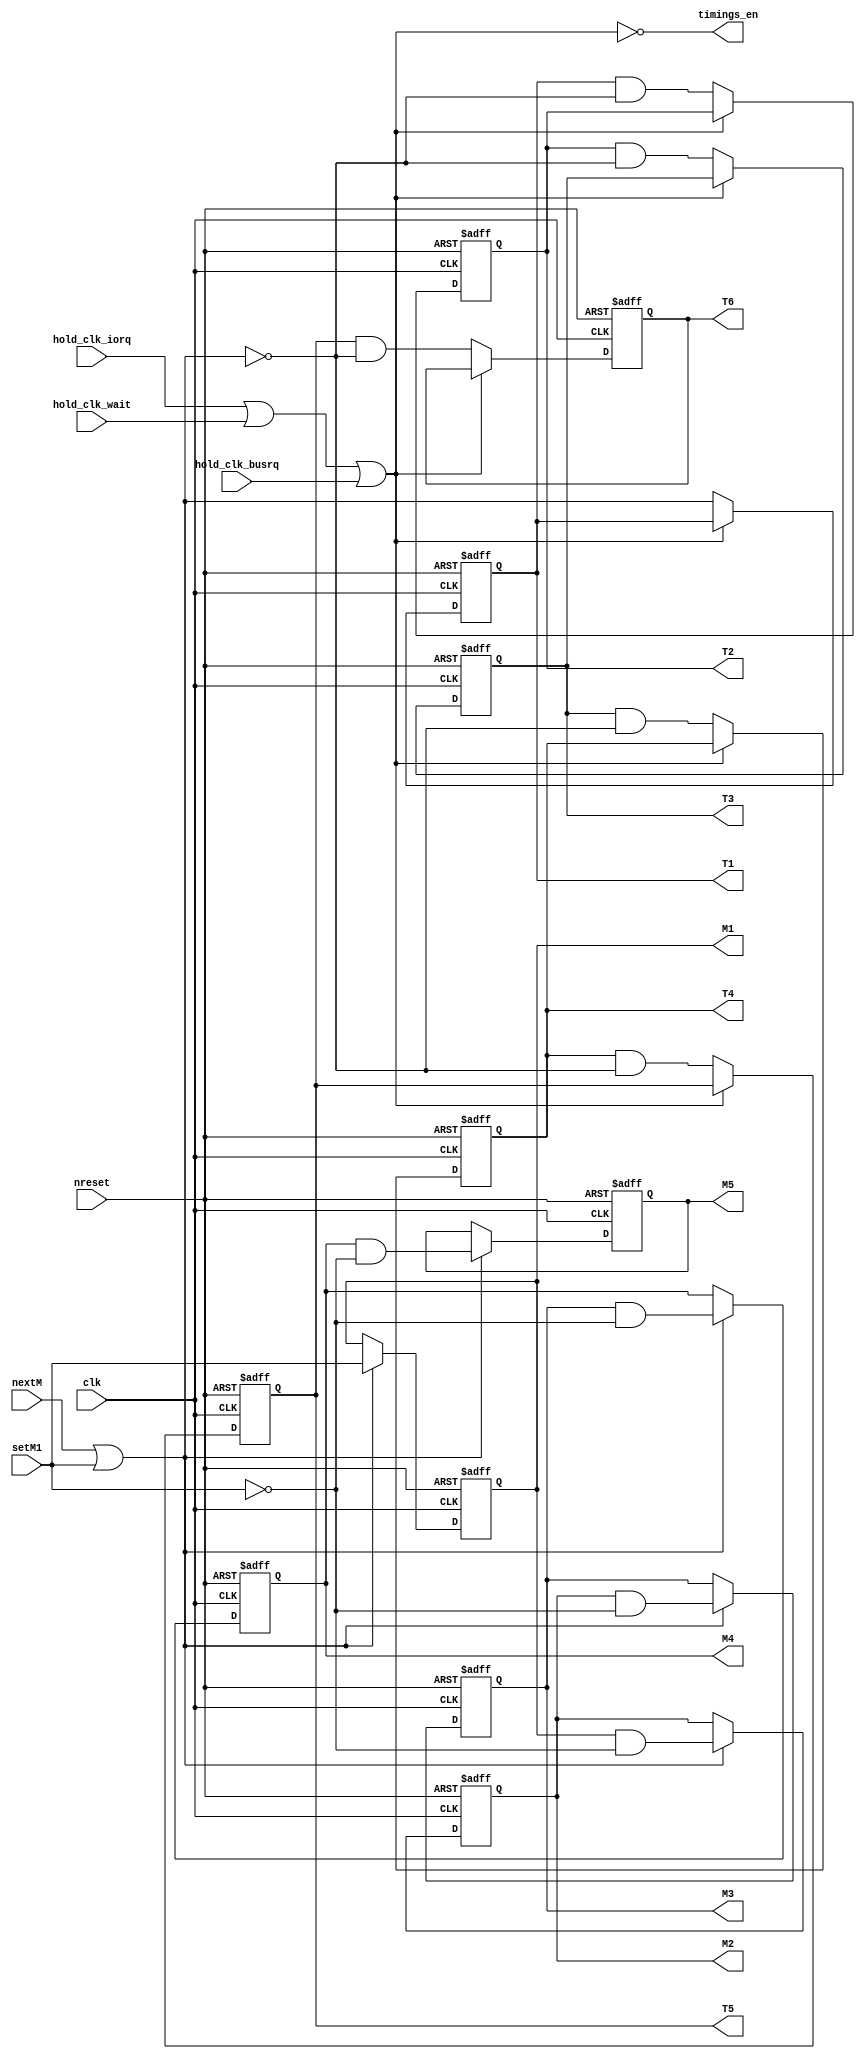
// Copyright (C) 1991-2013 Altera Corporation
// Your use of Altera Corporation's design tools, logic functions 
// and other software and tools, and its AMPP partner logic 
// functions, and any output files from any of the foregoing 
// (including device programming or simulation files), and any 
// associated documentation or information are expressly subject 
// to the terms and conditions of the Altera Program License 
// Subscription Agreement, Altera MegaCore Function License 
// Agreement, or other applicable license agreement, including, 
// without limitation, that your use is for the sole purpose of 
// programming logic devices manufactured by Altera and sold by 
// Altera or its authorized distributors.  Please refer to the 
// applicable agreement for further details.

// PROGRAM		"Quartus II 64-Bit"
// VERSION		"Version 13.0.1 Build 232 06/12/2013 Service Pack 1 SJ Web Edition"
// CREATED		"Sat Feb 13 17:56:57 2016"

module sequencer(
	clk,
	nextM,
	setM1,
	nreset,
	hold_clk_iorq,
	hold_clk_wait,
	hold_clk_busrq,
	M1,
	M2,
	M3,
	M4,
	M5,
	T1,
	T2,
	T3,
	T4,
	T5,
	T6,
	timings_en
);


input wire	clk;
input wire	nextM;
input wire	setM1;
input wire	nreset;
input wire	hold_clk_iorq;
input wire	hold_clk_wait;
input wire	hold_clk_busrq;
output wire	M1;
output wire	M2;
output wire	M3;
output wire	M4;
output reg	M5;
output wire	T1;
output wire	T2;
output wire	T3;
output wire	T4;
output wire	T5;
output reg	T6;
output wire	timings_en;

wire	ena_M;
wire	ena_T;
reg	DFFE_M4_ff;
wire	SYNTHESIZED_WIRE_18;
reg	DFFE_T1_ff;
wire	SYNTHESIZED_WIRE_19;
reg	DFFE_T2_ff;
reg	DFFE_T3_ff;
reg	DFFE_T4_ff;
reg	DFFE_T5_ff;
reg	DFFE_M1_ff;
reg	DFFE_M2_ff;
reg	DFFE_M3_ff;
wire	SYNTHESIZED_WIRE_9;
wire	SYNTHESIZED_WIRE_10;
wire	SYNTHESIZED_WIRE_11;
wire	SYNTHESIZED_WIRE_12;
wire	SYNTHESIZED_WIRE_13;
wire	SYNTHESIZED_WIRE_14;
wire	SYNTHESIZED_WIRE_15;
wire	SYNTHESIZED_WIRE_16;
wire	SYNTHESIZED_WIRE_17;

assign	M1 = DFFE_M1_ff;
assign	M2 = DFFE_M2_ff;
assign	M3 = DFFE_M3_ff;
assign	M4 = DFFE_M4_ff;
assign	T1 = DFFE_T1_ff;
assign	T2 = DFFE_T2_ff;
assign	T3 = DFFE_T3_ff;
assign	T4 = DFFE_T4_ff;
assign	T5 = DFFE_T5_ff;



assign	ena_M = nextM | setM1;

assign	SYNTHESIZED_WIRE_12 = DFFE_M4_ff & SYNTHESIZED_WIRE_18;

assign	SYNTHESIZED_WIRE_13 = DFFE_T1_ff & SYNTHESIZED_WIRE_19;

assign	SYNTHESIZED_WIRE_14 = DFFE_T2_ff & SYNTHESIZED_WIRE_19;

assign	SYNTHESIZED_WIRE_15 = DFFE_T3_ff & SYNTHESIZED_WIRE_19;

assign	SYNTHESIZED_WIRE_16 = DFFE_T4_ff & SYNTHESIZED_WIRE_19;

assign	SYNTHESIZED_WIRE_17 = DFFE_T5_ff & SYNTHESIZED_WIRE_19;

assign	SYNTHESIZED_WIRE_9 = DFFE_M1_ff & SYNTHESIZED_WIRE_18;

assign	SYNTHESIZED_WIRE_10 = DFFE_M2_ff & SYNTHESIZED_WIRE_18;

assign	SYNTHESIZED_WIRE_11 = DFFE_M3_ff & SYNTHESIZED_WIRE_18;

assign	ena_T = ~(hold_clk_iorq | hold_clk_wait | hold_clk_busrq);


always@(posedge clk or negedge nreset)
begin
if (!nreset)
	begin
	DFFE_M1_ff <= 1;
	end
else
if (ena_M)
	begin
	DFFE_M1_ff <= setM1;
	end
end


always@(posedge clk or negedge nreset)
begin
if (!nreset)
	begin
	DFFE_M2_ff <= 0;
	end
else
if (ena_M)
	begin
	DFFE_M2_ff <= SYNTHESIZED_WIRE_9;
	end
end


always@(posedge clk or negedge nreset)
begin
if (!nreset)
	begin
	DFFE_M3_ff <= 0;
	end
else
if (ena_M)
	begin
	DFFE_M3_ff <= SYNTHESIZED_WIRE_10;
	end
end


always@(posedge clk or negedge nreset)
begin
if (!nreset)
	begin
	DFFE_M4_ff <= 0;
	end
else
if (ena_M)
	begin
	DFFE_M4_ff <= SYNTHESIZED_WIRE_11;
	end
end


always@(posedge clk or negedge nreset)
begin
if (!nreset)
	begin
	M5 <= 0;
	end
else
if (ena_M)
	begin
	M5 <= SYNTHESIZED_WIRE_12;
	end
end

assign	SYNTHESIZED_WIRE_19 =  ~ena_M;

assign	SYNTHESIZED_WIRE_18 =  ~setM1;


always@(posedge clk or negedge nreset)
begin
if (!nreset)
	begin
	DFFE_T1_ff <= 1;
	end
else
if (ena_T)
	begin
	DFFE_T1_ff <= ena_M;
	end
end


always@(posedge clk or negedge nreset)
begin
if (!nreset)
	begin
	DFFE_T2_ff <= 0;
	end
else
if (ena_T)
	begin
	DFFE_T2_ff <= SYNTHESIZED_WIRE_13;
	end
end


always@(posedge clk or negedge nreset)
begin
if (!nreset)
	begin
	DFFE_T3_ff <= 0;
	end
else
if (ena_T)
	begin
	DFFE_T3_ff <= SYNTHESIZED_WIRE_14;
	end
end


always@(posedge clk or negedge nreset)
begin
if (!nreset)
	begin
	DFFE_T4_ff <= 0;
	end
else
if (ena_T)
	begin
	DFFE_T4_ff <= SYNTHESIZED_WIRE_15;
	end
end


always@(posedge clk or negedge nreset)
begin
if (!nreset)
	begin
	DFFE_T5_ff <= 0;
	end
else
if (ena_T)
	begin
	DFFE_T5_ff <= SYNTHESIZED_WIRE_16;
	end
end


always@(posedge clk or negedge nreset)
begin
if (!nreset)
	begin
	T6 <= 0;
	end
else
if (ena_T)
	begin
	T6 <= SYNTHESIZED_WIRE_17;
	end
end

assign	timings_en = ena_T;

endmodule